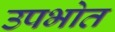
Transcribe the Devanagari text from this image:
उपभोत